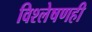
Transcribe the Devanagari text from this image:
विश्लेषणही